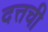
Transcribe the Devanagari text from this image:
दत्तची